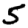
Digit: 5